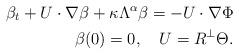
LaTeX: \begin{align*}\beta_t+U\cdot\nabla \beta+\kappa\Lambda^\alpha\beta =-U\cdot\nabla\Phi\\\beta(0)=0, \ \ \ U=R^\perp\Theta.\end{align*}